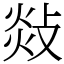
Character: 敥